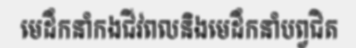
មេដឹកនាំកងជីវពលនិងមេដឹកនាំបព្វជិត